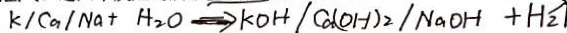
k / C a / N a + H _ { 2 } O \Rightarrow k O H / C a ( O H ) _ { 2 } \vert N a O H + H _ { 2 }